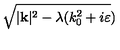
\sqrt { | \mathbf { k } | ^ { 2 } - \lambda ( k _ { 0 } ^ { 2 } + i \varepsilon } )